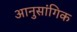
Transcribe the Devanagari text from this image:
आनुसांगिक